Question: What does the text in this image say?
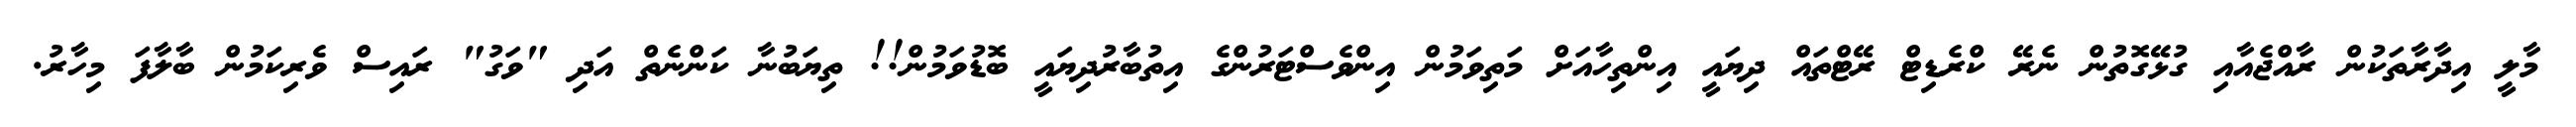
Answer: މާލީ އިދާރާތަކުން ރާއްޖެއާއި ގުޅޭގޮތުން ނެރޭ ކްރެޑިޓް ރޭޓްތައް ދިޔައީ އިންތިހާއަށް މަތިވަމުން އިންވެސްޓަރުންގެ އިތުބާރުދިޔައީ ބޮޑުވަމުން!! ތިޔަބުނާ ކަންނެތް އަދި "ވަގު" ރައިސް ވެރިކަމުން ބާލާފަ މިހާރު.